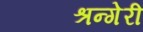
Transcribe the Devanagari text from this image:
श्रन्गेरी